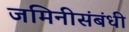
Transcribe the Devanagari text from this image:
जमिनीसंबंधी